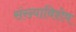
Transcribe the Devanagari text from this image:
संख्याविशेष